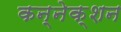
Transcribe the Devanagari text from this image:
कन्नेक्शन